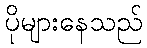
ပိုများနေသည်